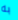
به